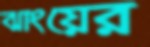
ঝাংয়ের